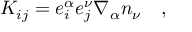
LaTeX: K _ { i j } = e _ { i } ^ { \alpha } e _ { j } ^ { \nu } \nabla _ { \alpha } n _ { \nu } \quad ,